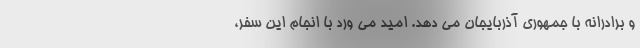
و برادرانه با جمهوری آذربایجان می دهد. امید می ورد با انجام این سفر،